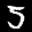
Label: 5